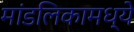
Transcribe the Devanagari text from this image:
मांडलिकामध्ये